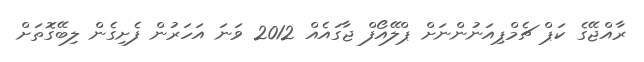
ރާއްޖޭގެ ކަޕް ޗެމްޕިއަނުންނަށް ޕްލޭއޯފް ޖާގައެއް 2012 ވަނަ އަހަރުން ފެށިގެން ލިބޭގޮތަށް